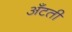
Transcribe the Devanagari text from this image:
अँटती